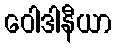
ဝေါဒါနီယာ